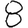
Digit: 8